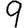
Digit: 9